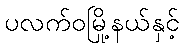
ပလက်ဝမြို့နယ်နှင့်